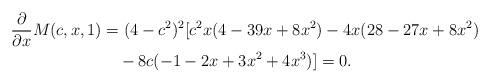
LaTeX: \begin{align*}\frac{\partial}{\partial x}M(c,x,1)&=(4-c^2)^2[c^2x(4-39x+8x^2)-4x(28-27x+8x^2)\\&\quad-8c(-1-2x+3x^2+4x^3)]=0.\end{align*}